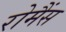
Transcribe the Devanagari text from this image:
रोमैंस